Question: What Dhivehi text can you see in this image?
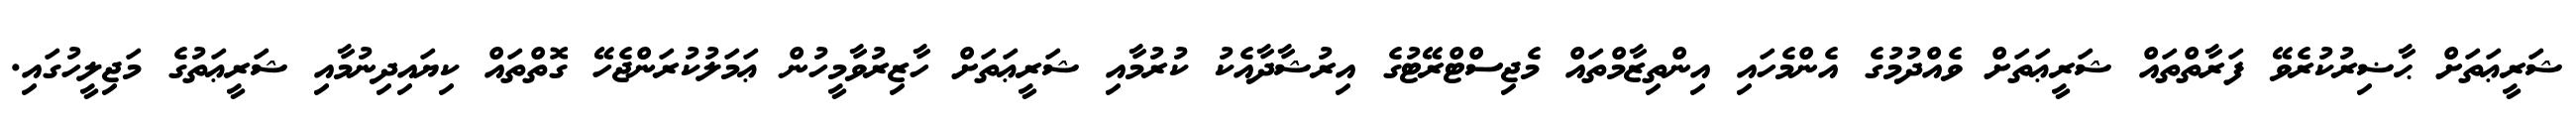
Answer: ޝަރީޢަތަށް ޙާޟިރުކުރެވޭ ފަރާތްތައް ޝަރީޢަތަށް ވެއްދުމުގެ އެންމެހައި އިންތިޒާމްތައް މެޖިސްޓްރޭޓުގެ އިރުޝާދާއެކު ކުރުމާއި ޝަރީޢަތަށް ހާޒިރުވާމީހުން ޢަމަލުކުރަންޖެހޭ ގޮތްތައް ކިޔައިދިނުމާއި ޝަރީޢަތުގެ މަޖިލީހުގައި.